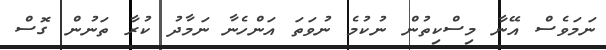
ނަމަވެސް އޭނާ މިސްކިތުން ނުކުމެ ނުވަތަ އަންހެނާ ނަމާދު ކުރާ ތަނުން ގޮސް